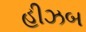
હીઝબ